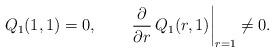
LaTeX: \begin{align*} Q_1(1,1)=0,\quad\quad\left.\frac{\partial}{\partial r}\,Q_1(r,1)\right|_{r=1}\ne0.\end{align*}